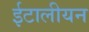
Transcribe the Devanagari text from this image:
ईटालीयन